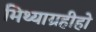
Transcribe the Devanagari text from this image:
मिथ्याग्रहीहो